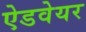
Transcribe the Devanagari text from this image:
ऐडवेयर